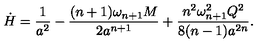
\dot { H } = { \frac { 1 } { a ^ { 2 } } } - { \frac { ( n + 1 ) \omega _ { n + 1 } M } { 2 a ^ { n + 1 } } } + { \frac { n ^ { 2 } \omega _ { n + 1 } ^ { 2 } Q ^ { 2 } } { 8 ( n - 1 ) a ^ { 2 n } } } .